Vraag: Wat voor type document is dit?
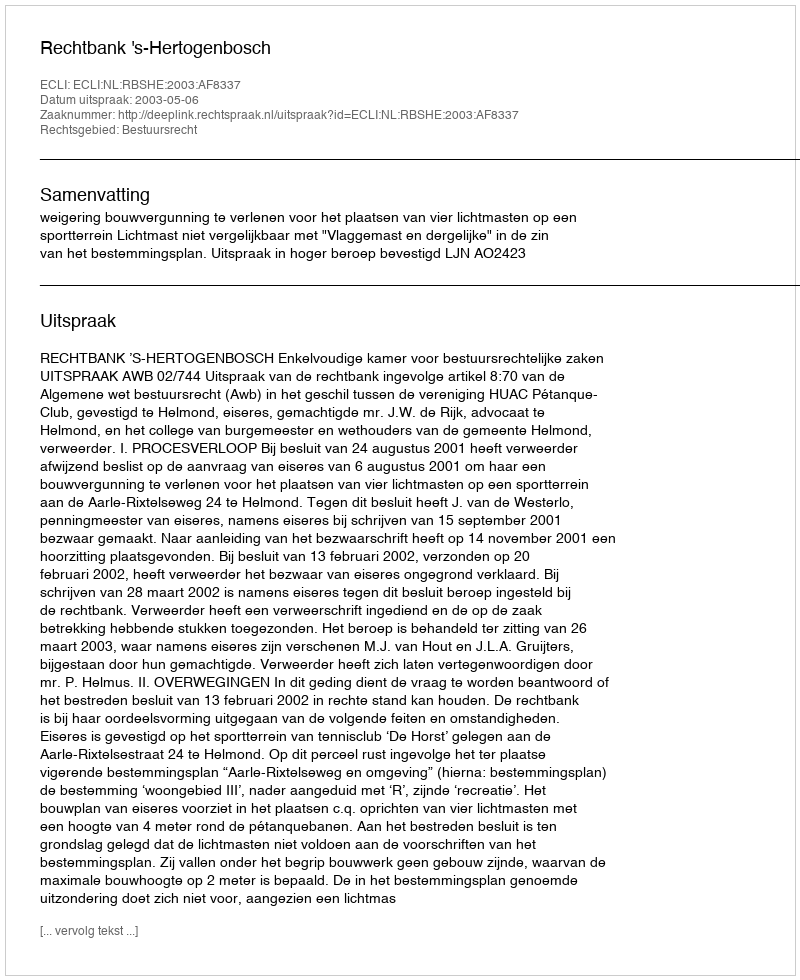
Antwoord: Uitspraak